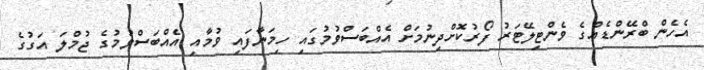
އެހެން ބްރޭންޑެއްގެ ވެންޓިލޭޓަރު ފޯރުކޮށްދިނުމަށް އެއްބަސްވުމުގައި ހިމަނާފައި ވުމާއި އެއްބަސްވުމުގެ ޖުމްލަ އަގުގެ